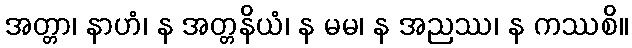
အတ္တာ၊ နာဟံ၊ န အတ္တနိယံ၊ န မမ၊ န အညဿ၊ န ကဿစိ။